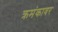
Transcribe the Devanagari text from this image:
क्रमंकावर